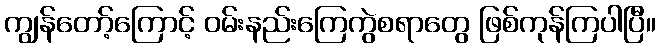
ကျွန်တော့်ကြောင့် ဝမ်းနည်းကြေကွဲစရာတွေ ဖြစ်ကုန်ကြပါပြီ။